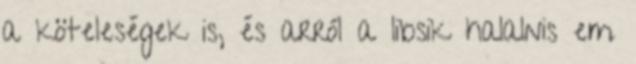
a köteleségek is, és arról a libsik halalnis em